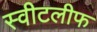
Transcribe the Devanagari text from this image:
स्वीटलीफ